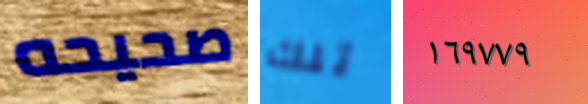
صحيحه تلك ١٦٩٧٧٩